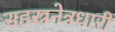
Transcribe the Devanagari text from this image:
सहस्त्रनेत्रधारी